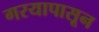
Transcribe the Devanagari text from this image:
गरयापासून